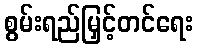
စွမ်းရည်မြှင့်တင်ရေး